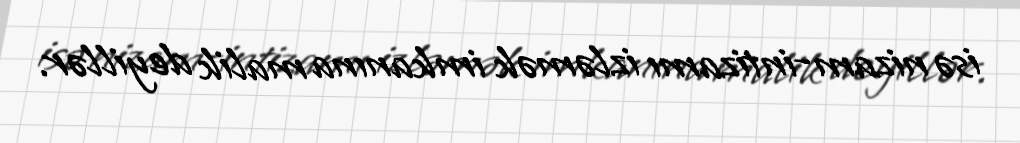
isə nizam-intizamı izləmək imkanına malik deyillər.